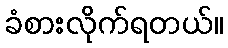
ခံစားလိုက်ရတယ်။